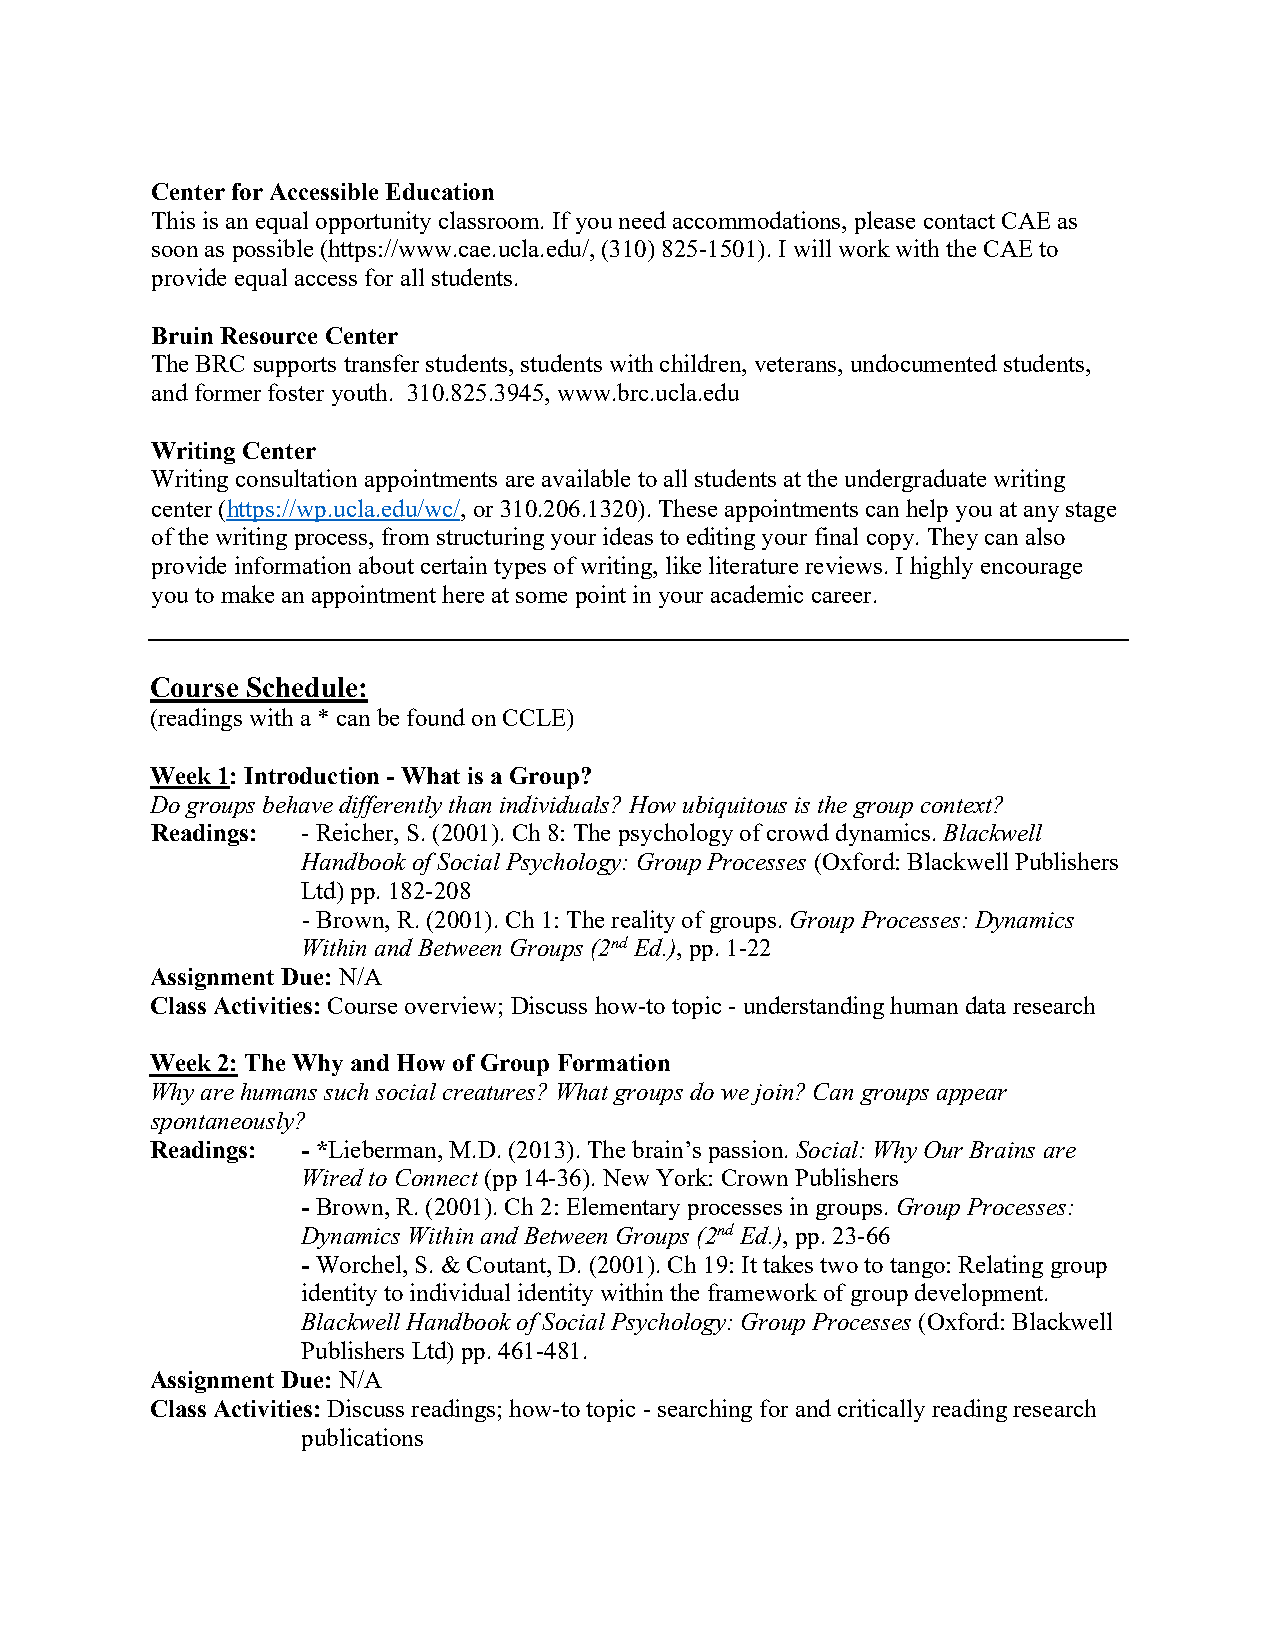
Center for Accessible Education
 This is an equal opportunity classroom. If you need accommodations, please contact CAE as
 soon as possible (https://www.cae.ucla.edu/, (310) 825-1501). I will work with the CAE to
 provide equal access for all students.
 Bruin Resource Center
 The BRC supports transfer students, students with children, veterans, undocumented students,
 and former foster youth. 310.825.3945, www.brc.ucla.edu
 Writing Center
 Writing consultation appointments are available to all students at the undergraduate writing
 center (https://wp.ucla.edu/wc/, or 310.206.1320). These appointments can help you at any stage
 of the writing process, from structuring your ideas to editing your final copy. They can also
 provide information about certain types of writing, like literature reviews. I highly encourage
 you to make an appointment here at some point in your academic career.
 Course Schedule:
 (readings with a * can be found on CCLE)
 Week 1: Introduction - What is a Group?
 Do groups behave differently than individuals? How ubiquitous is the group context?
 Readings: - Reicher, S. (2001). Ch 8: The psychology of crowd dynamics. Blackwell
 Handbook of Social Psychology: Group Processes (Oxford: Blackwell Publishers
 Ltd) pp. 182-208
 - Brown, R. (2001). Ch 1: The reality of groups. Group Processes: Dynamics
 Within and Between Groups (2nd Ed.), pp. 1-22
 Assignment Due: N/A
 Class Activities: Course overview; Discuss how-to topic - understanding human data research
 Week 2: The Why and How of Group Formation
 Why are humans such social creatures? What groups do we join? Can groups appear
 spontaneously?
 Readings: - *Lieberman, M.D. (2013). The brain’s passion. Social: Why Our Brains are
 Wired to Connect (pp 14-36). New York: Crown Publishers
 - Brown, R. (2001). Ch 2: Elementary processes in groups. Group Processes:
 Dynamics Within and Between Groups (2nd Ed.), pp. 23-66
 - Worchel, S. & Coutant, D. (2001). Ch 19: It takes two to tango: Relating group
 identity to individual identity within the framework of group development.
 Blackwell Handbook of Social Psychology: Group Processes (Oxford: Blackwell
 Publishers Ltd) pp. 461-481.
 Assignment Due: N/A
 Class Activities: Discuss readings; how-to topic - searching for and critically reading research
 publications